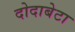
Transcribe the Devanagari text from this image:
दोदाबेटा